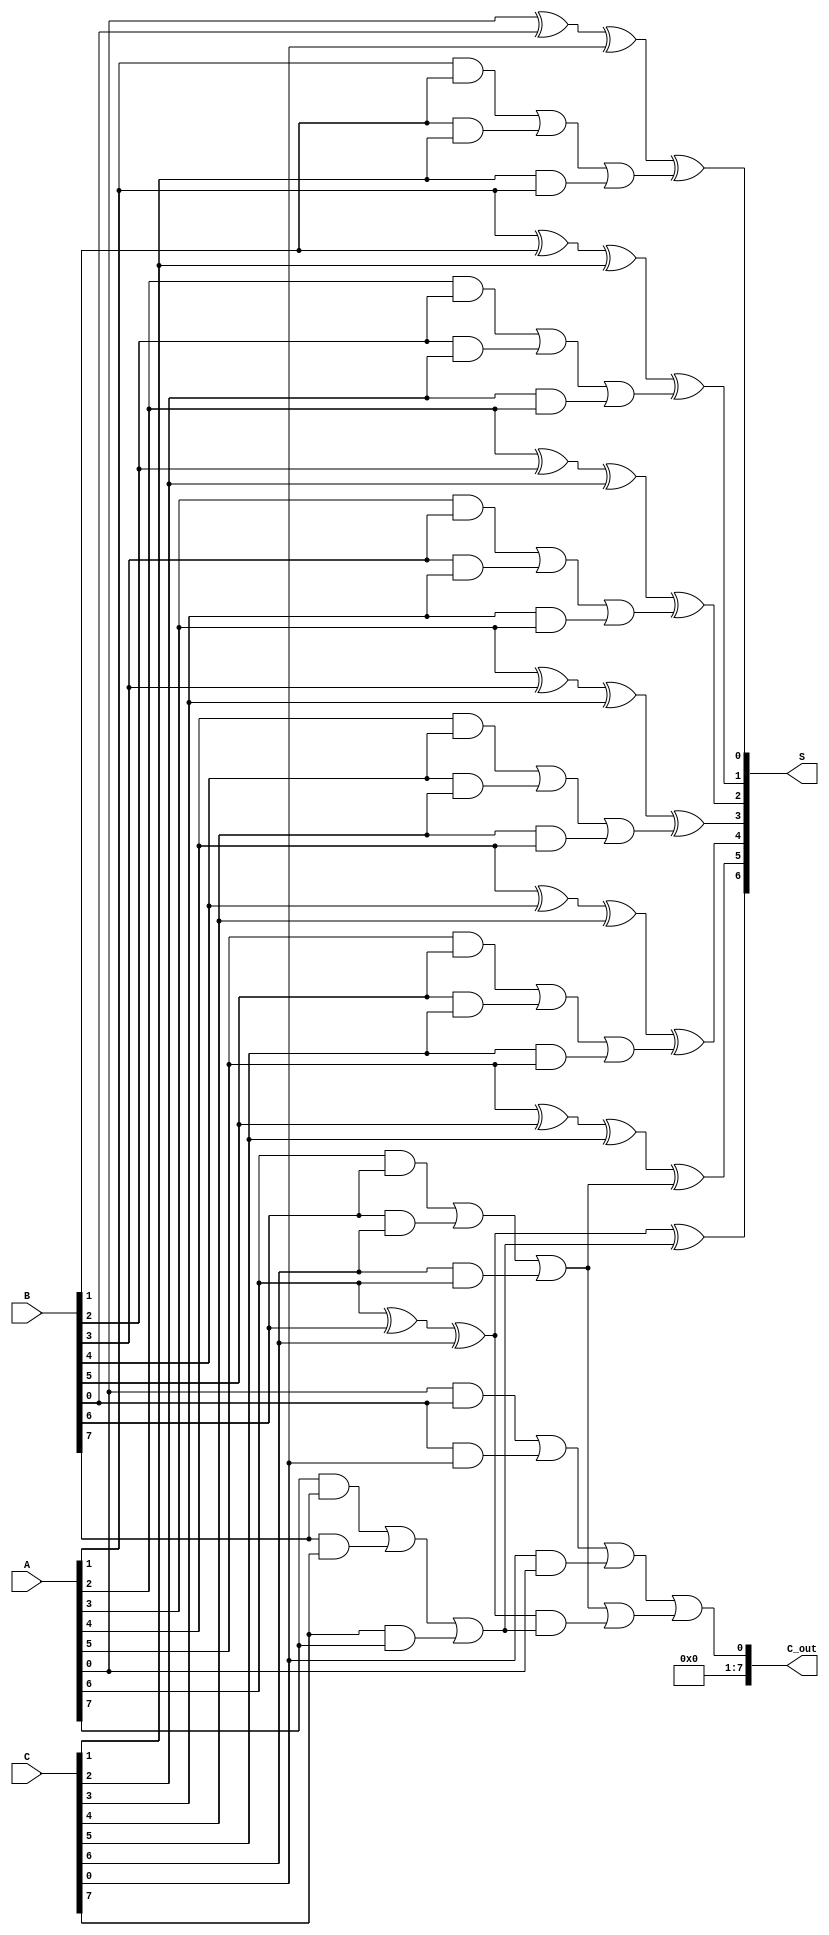
module carry_save_adder #(parameter N = 8) (
    input  wire [N-1:0] A,  // First operand
    input  wire [N-1:0] B,  // Second operand
    input  wire [N-1:0] C,  // Third operand
    output wire [N-1:0] S,   // Final sum output
    output wire [N-1:0] C_out // Final carry output
);

    // Intermediate partial sums and carries
    wire [N-1:0] S1, C1; // First stage partial sums and carries
    wire [N-1:0] S2, C2; // Second stage partial sums and carries

    // Stage 1: Compute partial sums and carries
    genvar i;
    generate
        for (i = 0; i < N; i = i + 1) begin: full_adder_stage1
            wire sum1, carry1, carry2;

            // Full adder for three inputs
            assign sum1 = A[i] ^ B[i] ^ C[i];
            assign carry1 = (A[i] & B[i]) | (B[i] & C[i]) | (C[i] & A[i]);

            // Assigning the outputs
            assign S1[i] = sum1;
            assign C1[i] = carry1;
        end
    endgenerate

    // Stage 2: Reduce the partial sums and carries
    generate
        for (i = 0; i < N-1; i = i + 1) begin: full_adder_stage2
            wire sum2, carry1, carry2;

            // Full adder for next stage
            assign sum2 = S1[i] ^ C1[i+1];
            assign carry1 = S1[i] & C1[i+1];
            assign carry2 = C1[i] | carry1;

            // Assigning the outputs
            assign S2[i] = sum2;
            assign C2[i] = carry2;
        end
    endgenerate

    // Final stage to compute the final sum and carry
    assign S = S2;
    assign C_out = C1[0] | C2[N-2];

endmodule